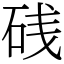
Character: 𥒎